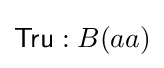
{\mathsf {Tru}}:B(aa)